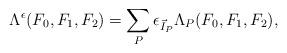
LaTeX: \begin{align*}\Lambda^{\epsilon}(F_{0},F_{1},F_{2})=\sum_{P } \epsilon_{\vec I_{P}}\Lambda_{P}(F_{0},F_{1},F_{2}),\end{align*}